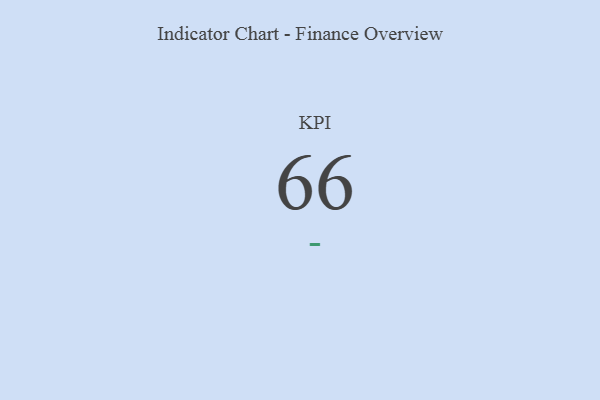
{"axis": {"x": "KPI", "y": "Value"}, "legend": [""], "data": [{"x": "KPI", "y": 66, "type": ""}]}